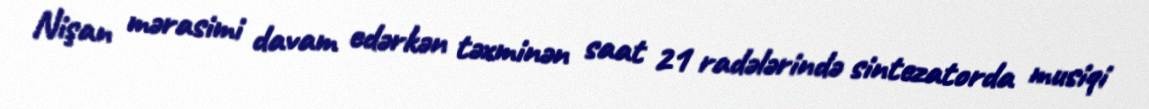
Nişan mərasimi davam edərkən təxminən saat 21 radələrində sintezatorda musiqi